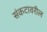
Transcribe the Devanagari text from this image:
संकटावरील